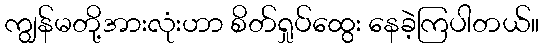
ကျွန်မတို့အားလုံးဟာ စိတ်ရှုပ်ထွေး နေခဲ့ကြပါတယ်။